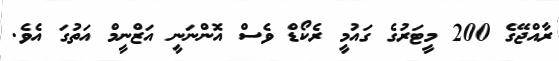
ރާއްޖޭގެ 200 މީޓަރުގެ ގައުމީ ރެކޯޑް ވެސް އޮންނަނީ އަޒްނީމް އަތުގަ އެވެ.